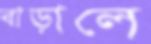
বাড়ালে